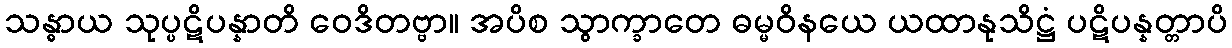
သန္ဓာယ သုပ္ပဋိပန္နာတိ ဝေဒိတဗ္ဗာ။ အပိစ သွာက္ခာတေ ဓမ္မဝိနယေ ယထာနုသိဋ္ဌံ ပဋိပန္နတ္တာပိ